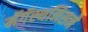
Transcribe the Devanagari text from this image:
मॅगॅस्थनिसने